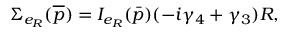
\Sigma _ { e _ { R } } ( \overline { { { p } } } ) = I _ { e _ { R } } ( \bar { p } ) ( - i \gamma _ { 4 } + \gamma _ { 3 } ) R ,